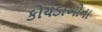
કોયડાઓના